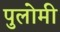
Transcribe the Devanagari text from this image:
पुलोमी